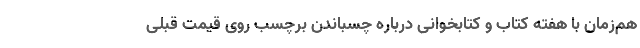
هم‌زمان با هفته کتاب و کتابخوانی درباره چسباندن برچسب روی قیمت قبلی